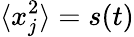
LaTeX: \langle x_{j}^{2}\rangle=s(t)